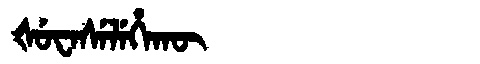
Manchu: ᡧᡠᠸᠠᠰᡝᠯᡝᡥᠠᡴᡡ
Romanization: ŠUWASELEHAKŪ